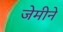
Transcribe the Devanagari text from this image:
जेमीने